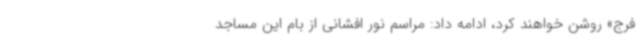
فرج» روشن خواهند کرد، ادامه داد: مراسم نور افشانی از بام این مساجد